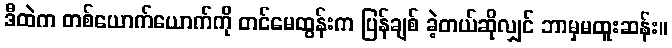
ဒီထဲက တစ်ယောက်ယောက်ကို တင်မေထွန်းက ပြန်ချစ် ခဲ့တယ်ဆိုလျှင် ဘာမှမထူးဆန်း။